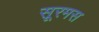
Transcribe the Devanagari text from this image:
सूरमस